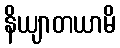
နိယျာတယာမိ